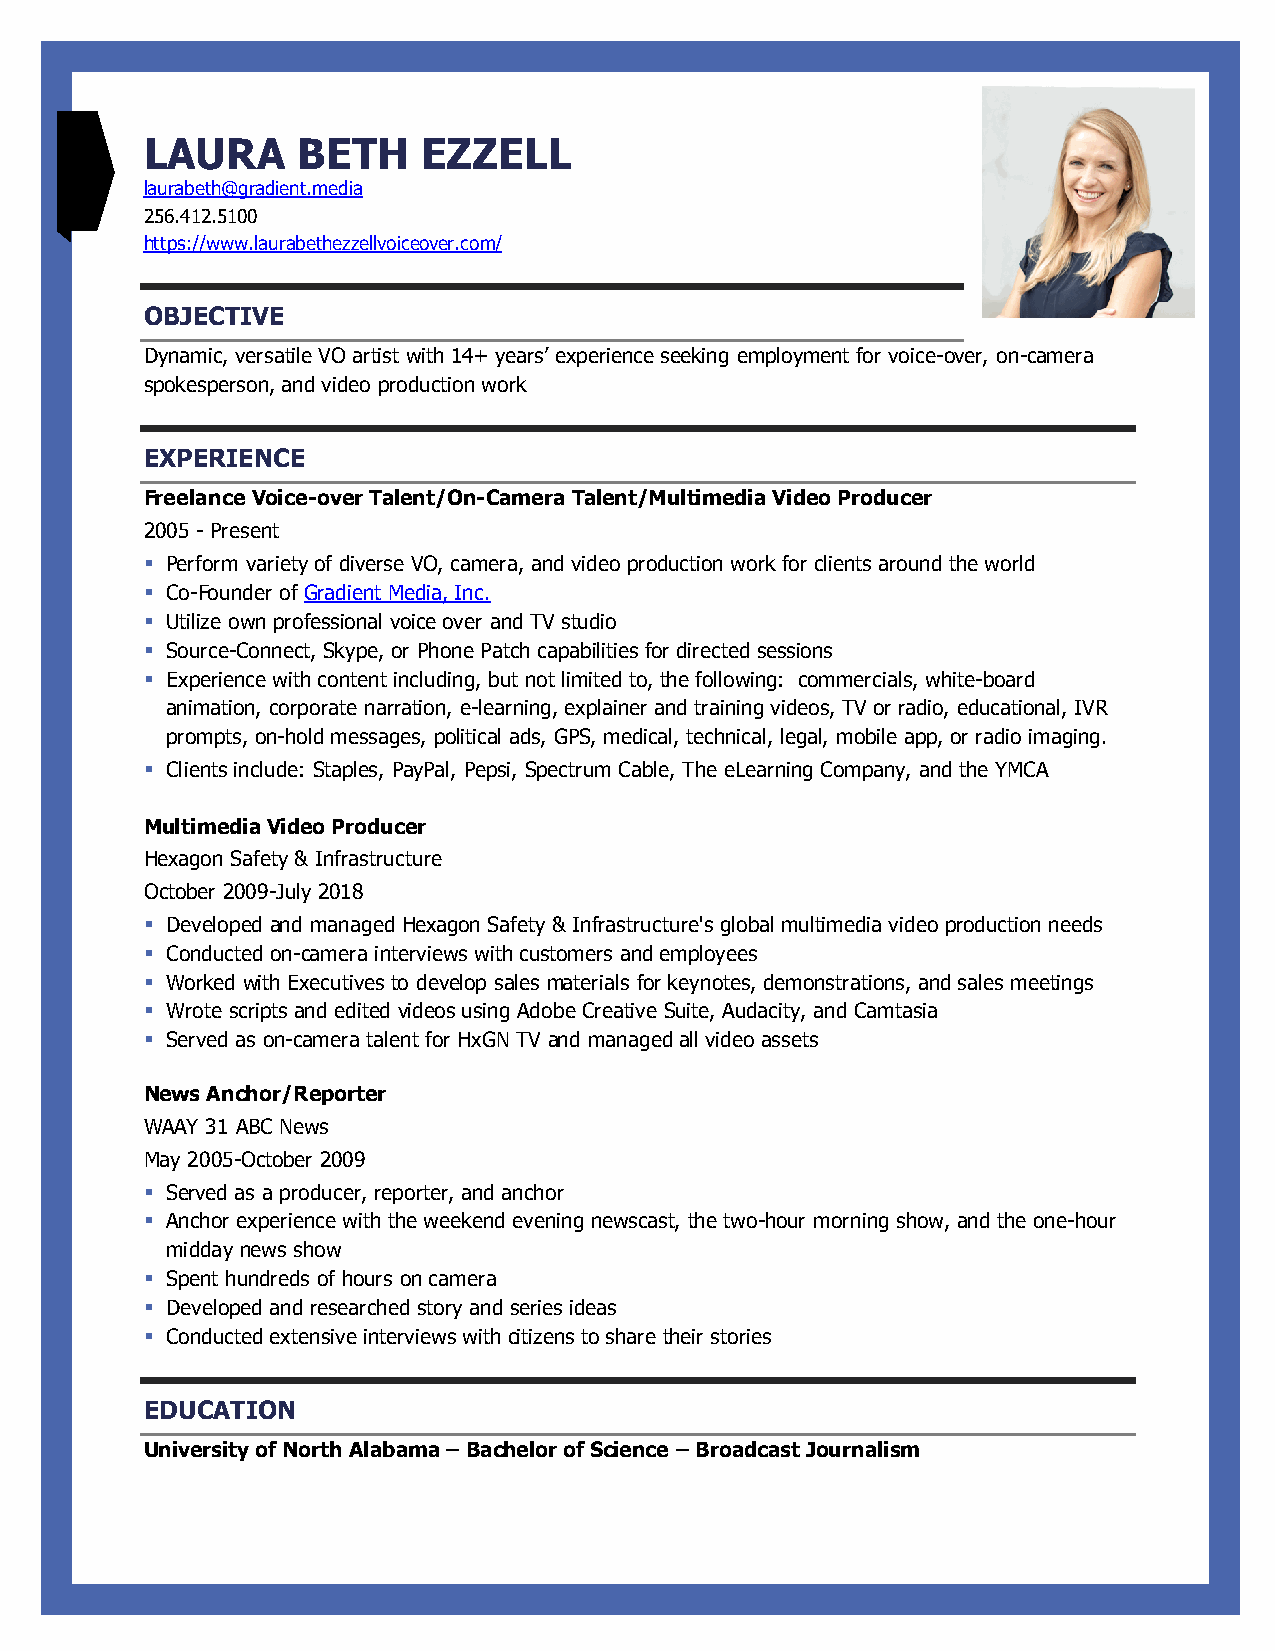
LAURA     BETH    EZZELL
 laurabeth@gradient.media
 256.412.5100
 https://www.laurabethezzellvoiceover.com/
 OBJECTIVE
 Dynamic, versatile VO artist with 14+ years’ experience seeking employment for voice-over, on-camera
 spokesperson, and video production work
 EXPERIENCE
 Freelance Voice-over Talent/On-Camera Talent/Multimedia Video Producer
 2005 - Present
 § Perform variety of diverse VO, camera, and video production work for clients around the world
 § Co-Founder of Gradient Media, Inc.
 § Utilize own professional voice over and TV studio
 § Source-Connect, Skype, or Phone Patch capabilities for directed sessions
 § Experience with content including, but not limited to, the following: commercials, white-board
 animation, corporate narration, e-learning, explainer and training videos, TV or radio, educational, IVR
 prompts, on-hold messages, political ads, GPS, medical, technical, legal, mobile app, or radio imaging.
 § Clients include: Staples, PayPal, Pepsi, Spectrum Cable, The eLearning Company, and the YMCA
 Multimedia Video Producer
 Hexagon Safety & Infrastructure
 October 2009-July 2018
 § Developed and managed Hexagon Safety & Infrastructure's global multimedia video production needs
 § Conducted on-camera interviews with customers and employees
 § Worked with Executives to develop sales materials for keynotes, demonstrations, and sales meetings
 § Wrote scripts and edited videos using Adobe Creative Suite, Audacity, and Camtasia
 § Served as on-camera talent for HxGN TV and managed all video assets
 News Anchor/Reporter
 WAAY 31 ABC News
 May 2005-October 2009
 § Served as a producer, reporter, and anchor
 § Anchor experience with the weekend evening newscast, the two-hour morning show, and the one-hour
 midday news show
 § Spent hundreds of hours on camera
 § Developed and researched story and series ideas
 § Conducted extensive interviews with citizens to share their stories
 EDUCATION
 University of North Alabama – Bachelor of Science – Broadcast Journalism